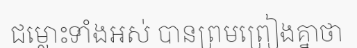
ជម្លោះទាំងអស់ បានព្រមព្រៀងគ្នាថា